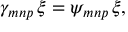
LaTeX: \gamma _ { m n p } \, \xi = \psi _ { m n p } \, \xi ,